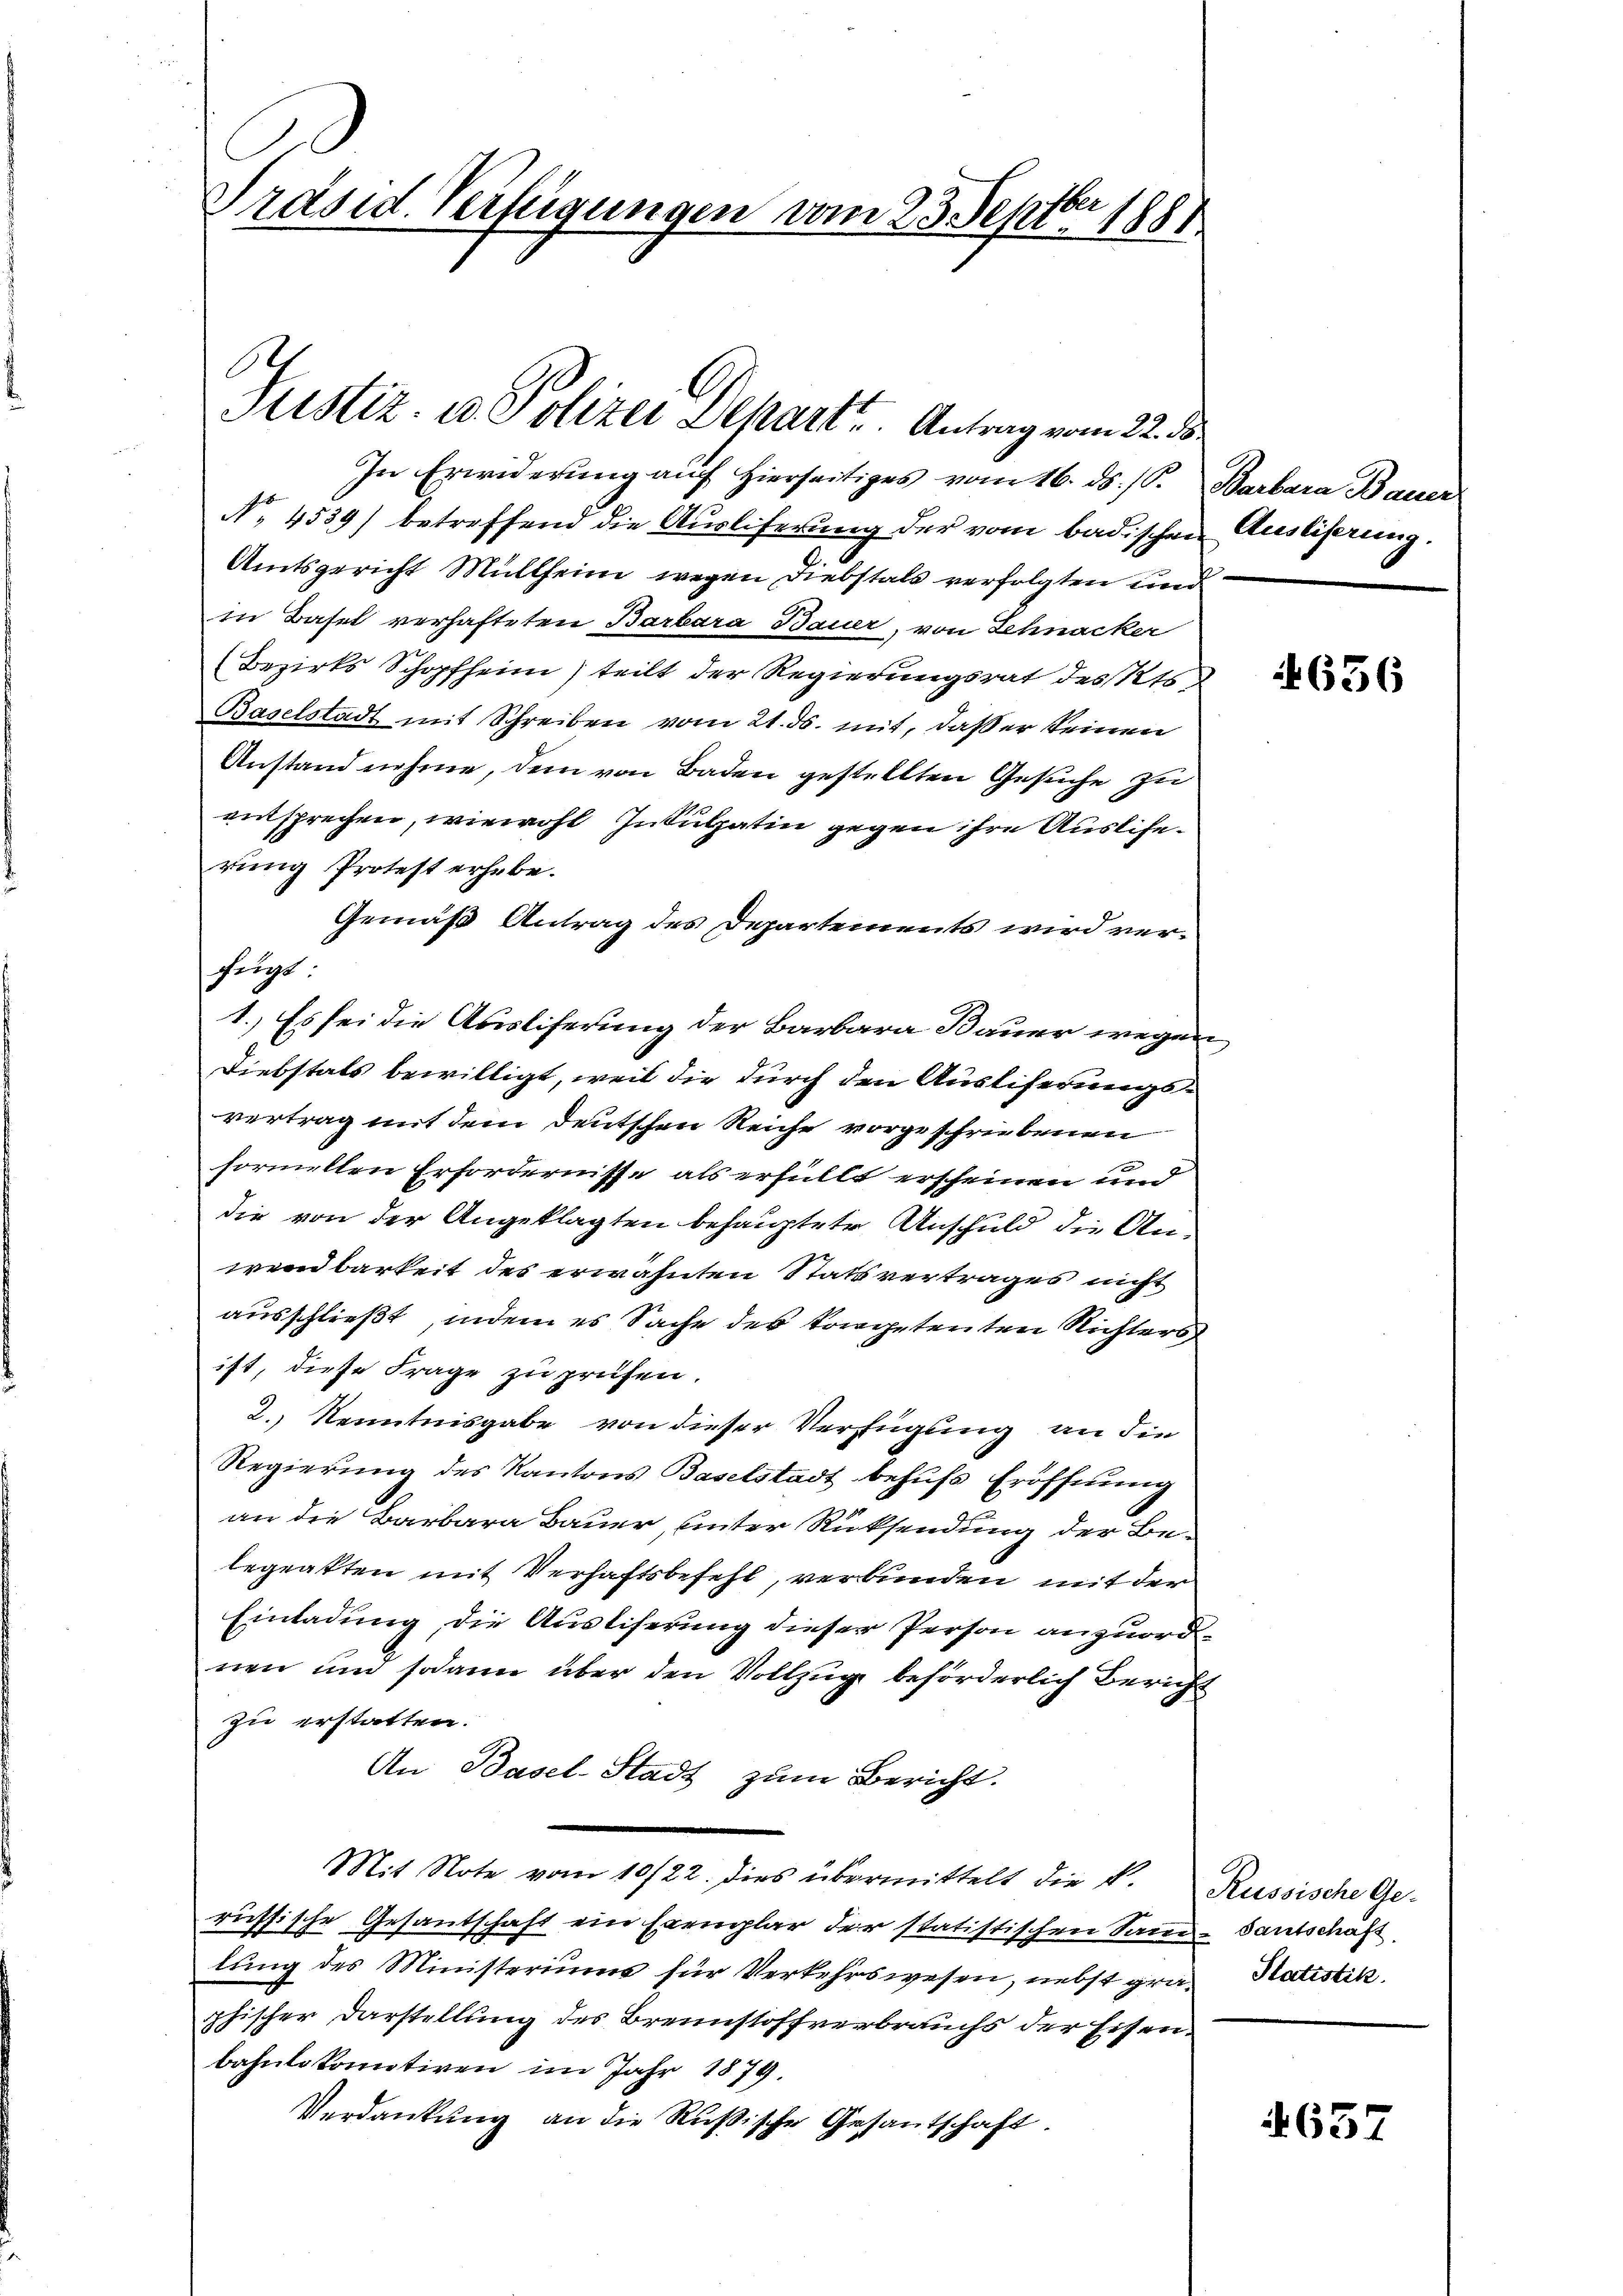
Präsid. Verfügungen vom 23. Septbr 1881

E
Justiz- u. Polizei Dekart u. Antrag vom 22. ds.

In Erwiderung auf hierseitiges vom 16. ds. (S. Barbara Bauer
No. 4539) betreffend die Ausliferung der vom badischen Ausliserung.
Amtsgericht Müllheim wegen Diebstals verfolgten und
in Basel verhafteten Barbara Bauer, von Schnacker
(Bezirks Schopfheim) teilt der Regierungsrat des Kts.
Baselstadt mit Schreiben vom 21. ds. mit, daß er keinen
Anstand nehme, dem von Baden gestellten Gesuche zu
entsprechen, wiewohl Inkulpatin gegen ihre Auslieferung Protest erhebe.
Gemäß Antrag des Departements wird verfungs.
1.) Es sei die Ausliferung der Barbara Bauer wegen
Diebstals bewilligt, weil die durch den Ausliferungsvertrag mit dem deutschen Reiche vorgeschriebenen
formellen Erfordernisse als erfüllt erscheinen und
die von der Angeklagten behauptete Anschuld die Anwendbarkeit des erwähnten Statsvertrages nicht
ausschließt, indem es Sache des vorgetenten Richters
ist, diese Frage zu prüfen.
2.) Kenntnisgabe von dieser Verfügung an die
Regierung des Kantons Baselstadt behufs Eröffnung
an die Barbara Bauer, unter Rücksendung der Belegatten mit Verhaftsbefehl, verbunden mit der
Einladung, die Ausliferung dieser Person anzuordnen und sodann über den Vollzug beförderlich Bericht
zu erstatten.
An Basel-Stadt zum Bericht.
Mit Note vom 10/22. dies übermittelt die k. Russische Ge-
russische Gesantschaft ein Exemplar der statistischen Samm- Santschaft
lung des Ministeriums für Verkehrswesen, nebst graphischer Darstellung des Brennstoffverbrauchs der Eisenbahnlokomotiven im Jahr 1879.
Verdankung an die Rußische Gesantschaft.

636

Statistik.

657